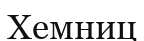
Хемниц